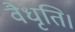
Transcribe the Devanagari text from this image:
वैधृति।